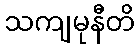
သကျမုနီတိ